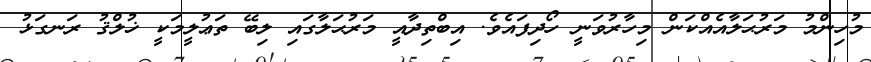
މުހިންމު މަރުޙަލާއެއްކަން މިހާރުވަނީ ހޯދިފައެވެ. އިބްތިދާއީ މަރުޙަލާގައި ލިބޭ ތަޢުލީމަކީ ޚުލްޤު ރަނގަޅު